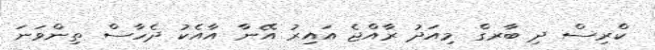
ކްރިސް ދި ބާރގް މިއަދު ރާއްޖެ އައިރު އޭނާ އާއެކު ދެހާސް ތިންވަނަ